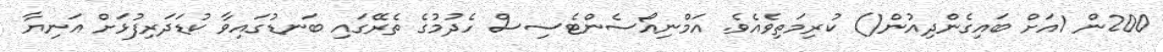
200ން 1އަށް ބައިގެންދިއުން() ކުރިމަތިވެއެވެ. އަމްނިއޯސެންޓެސިސް ހެދުމުގެ ތެރޭގައި ބަނޑުގައިވާ ކުޑަދަރިފުޅަށް އަނިޔާ